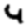
Digit: 4